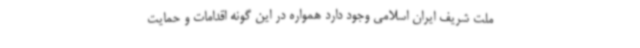
ملت شریف ایران اسلامی وجود دارد همواره در این گونه اقدامات و حمایت